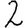
Digit: 2